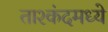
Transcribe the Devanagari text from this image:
ताश्कंदमध्ये